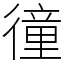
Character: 徸